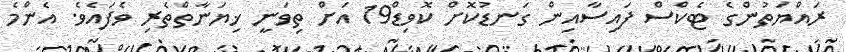
ރައްޔަތުންގެ ޓެކްސް ފައިސާއިން ގަނޑުކޮށް ކޮވިޑް19 އަށް ތިވަނީ ޚިޔަނާތްތެރި ވެފައެވެ. އެންމެ